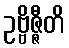
ဥဗ္ဗိဇ္ဇီတိ